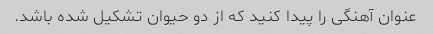
عنوان آهنگی را پیدا کنید که از دو حیوان تشکیل شده باشد.